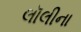
લૉલીના